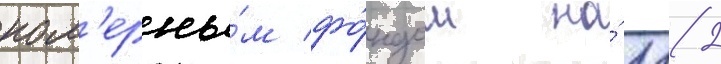
ном'ерны́м фо́ндом на́ 112